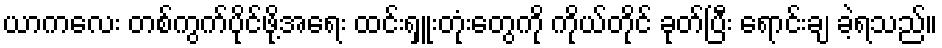
ယာကလေး တစ်ကွက်ပိုင်ဖို့အရေး ထင်းရှူးတုံးတွေကို ကိုယ်တိုင် ခုတ်ပြီး ရောင်းချ ခဲ့ရသည်။